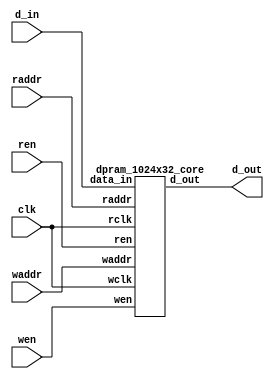
//-----------------------------------------------------
// Design Name : dual_port_ram
// Function    : Dual port RAM 32x1024 
// Coder       : Aurelien
//-----------------------------------------------------

module dpram (
	input clk,
	input wen,
	input ren,
	input[0:9] waddr,
	input[0:9] raddr,
	input[0:31] d_in,
	output[0:31] d_out );

		dpram_1024x32_core memory_0 (
			.wclk		(clk),
			.wen		(wen),
			.waddr		(waddr),
			.data_in	(d_in),
			.rclk		(clk),
			.ren		(ren),
			.raddr		(raddr),
			.d_out		(d_out) );

endmodule

module dpram_1024x32_core (
	input wclk,
	input wen,
	input[0:9] waddr,
	input[0:31] data_in,
	input rclk,
	input ren,
	input[0:9] raddr,
	output[0:31] d_out );

	reg[0:31] ram[0:1023];
	reg[0:31] internal;

	assign d_out = internal;

	always @(posedge wclk) begin
		if(wen) begin
			ram[waddr] <= data_in;
		end
	end

	always @(posedge rclk) begin
		if(ren) begin
			internal <= ram[raddr];
		end
	end

endmodule